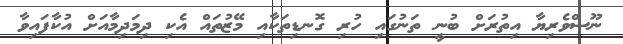
ނޫސްވެރިޔާ އިތުރަށް ބުނީ ތަނުގައި ހުރި ގޮނޑިތަކާއި މޭޒުތައް އެކި ދިމަދިމާއަށް އުކާފައިވާ